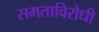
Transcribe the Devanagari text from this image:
समताविरोधी